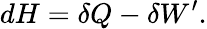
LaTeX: dH=\delta Q-\delta W^{\prime}.